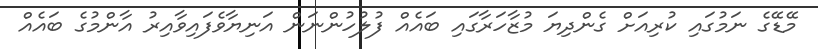
މޭޑޭގެ ނަމުގައި ކުރިއަށް ގެންދިޔަ މުޒާހަރާގައި ބައެއް ފުލުހުންނަން އަނިޔާވެފައިވާއިރު އާންމުގެ ބައެއް